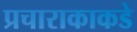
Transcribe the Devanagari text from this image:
प्रचाराकाकडे